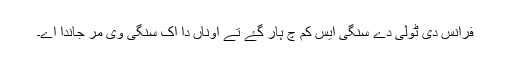
فرانس دی ٹولی دے سنگی ایس کم چ ہار گۓ تے اوناں دا اک سنگی وی مر جاندا اے۔